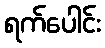
ရက်ပေါင်း